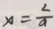
x = \frac { 2 } { a }